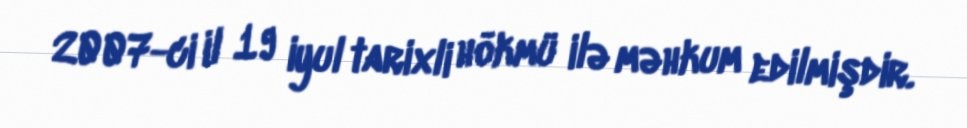
2007-ci il 19 iyul tarixli hökmü ilə məhkum edilmişdir.